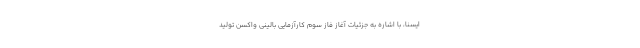
ایسنا، با اشاره به جزئیات آغاز فاز سوم کارآزمایی بالینی واکسن تولید